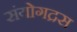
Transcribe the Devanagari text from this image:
संयोगद्रस